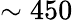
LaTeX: \sim 450